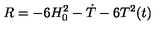
R = - 6 H _ { 0 } ^ { 2 } - \dot { T } - 6 T ^ { 2 } ( t )